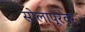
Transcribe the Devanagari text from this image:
सोलापूरवर